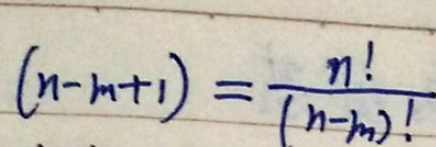
\[
(n - m + 1)=\frac{n!}{(n - m)!}
\]